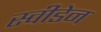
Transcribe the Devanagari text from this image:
स्‍वीडेन